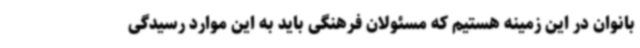
بانوان در این زمینه هستیم که مسئولان فرهنگی باید به این موارد رسیدگی